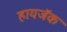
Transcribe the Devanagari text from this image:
हायजॅक